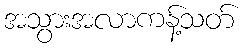
အသွားအလာကန့်သတ်